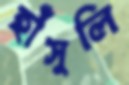
হাঁসুলি